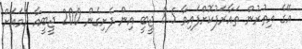
އޭގެ އިތުރުން ތައާރަފުކޮށްފައިވާ 8.5 ޖީބީ އިން ފެށިގެން 200 ޖީބީއާ ހަމައަށް